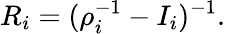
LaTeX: R_{i}=(\rho_{i}^{-1}-I_{i})^{-1}.